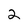
Character: 2